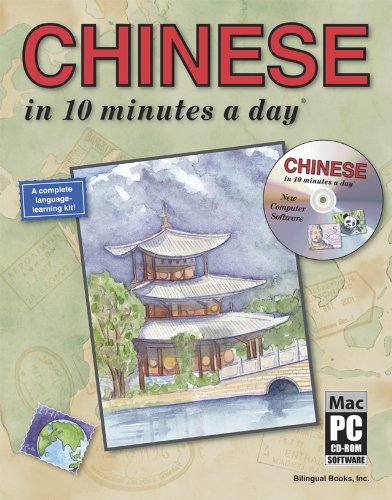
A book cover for CHINESE in 10 minutes a dayÂ® with CD-ROM; Kristine K. Kershul; Travel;